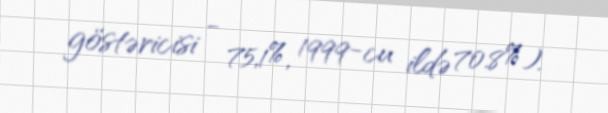
göstəricisi - 75,1%, 1999-cu ildə 70.8%).